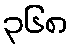
၃၆၈